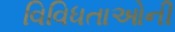
વિવિધતાઓની